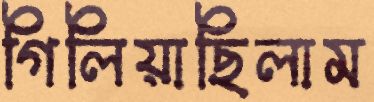
গিলিয়াছিলাম